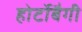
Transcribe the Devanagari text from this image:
होर्टोबैगी